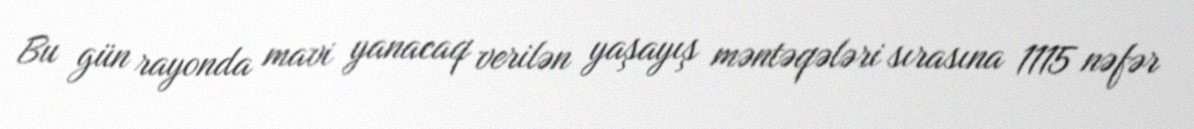
Bu gün rayonda mavi yanacaq verilən yaşayış məntəqələri sırasına 1115 nəfər